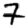
Digit: 7